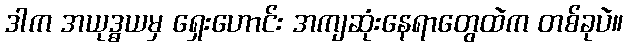
ဒါက အယုဒ္ဓယမှ ရှေးဟောင်း အကျဆုံးနေရာတွေထဲက တစ်ခုပဲ။